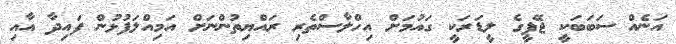
އަނެއް ސަބަބަކީ ޖޭޕީގެ ލީޑަރަކީ ގައުމަށް އިހްލާސްތެރި ރައްޔިތުންނަށް އަމިއްލަފުޅުން ފައިދާ އާއި